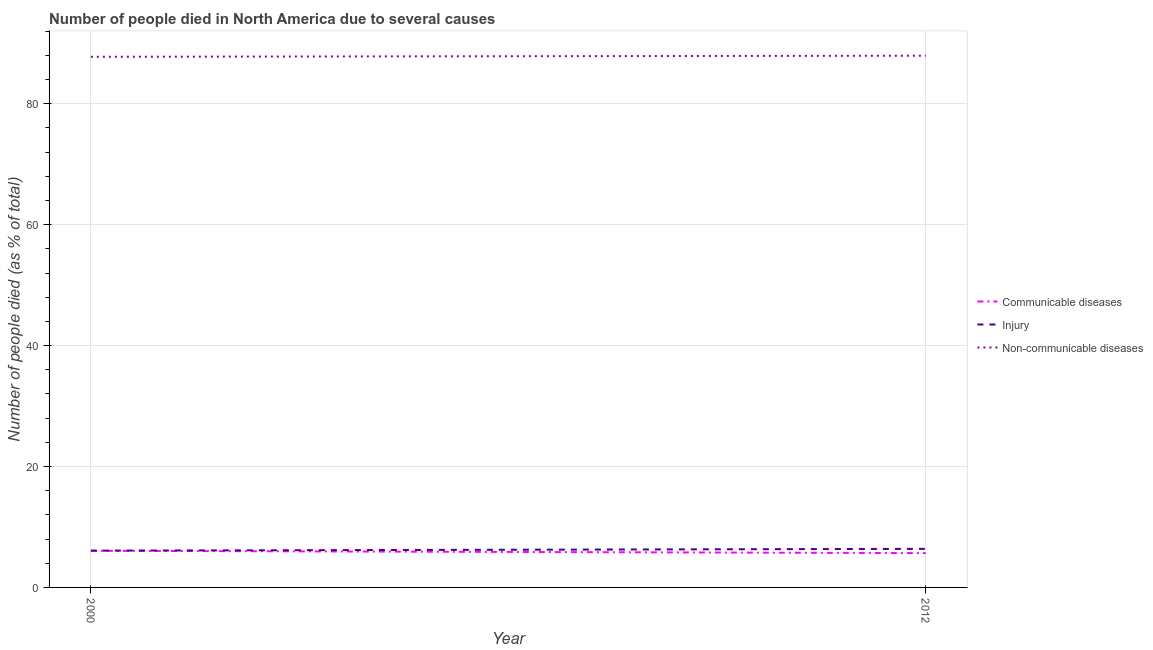
| Year | Communicable diseases | Injury | Non-communicable diseases |
 | --- | --- | --- | --- |
 | 2000 | 6.06 | 6.08 | 87.8 |
 | 2012 | 5.67 | 6.38 | 87.9 |